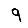
Digit: 9